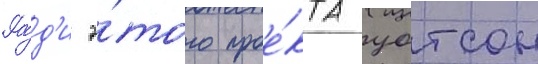
Ра́д'и э́того прое́кта уотсон